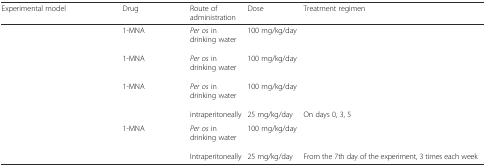
<table><thead><tr><td><b>Experimental model</b></td><td><b>Drug</b></td><td><b>Route of administration</b></td><td><b>Dose</b></td><td><b>Treatment regimen</b></td></tr></thead><tbody><tr><td rowspan="2">[EMPTY_CELL]</td><td>1-MNA</td><td rowspan="2"><i>Per os</i> in drinking water</td><td rowspan="2">100 mg/kg/day</td><td rowspan="2">[EMPTY_CELL]</td></tr><tr><td>[EMPTY_CELL]</td></tr><tr><td rowspan="2">[EMPTY_CELL]</td><td>1-MNA</td><td rowspan="2"><i>Per os </i>in drinking water</td><td rowspan="2">100 mg/kg/day</td><td rowspan="2">[EMPTY_CELL]</td></tr><tr><td>[EMPTY_CELL]</td></tr><tr><td rowspan="3">[EMPTY_CELL]</td><td>1-MNA</td><td rowspan="2"><i>Per os</i> in drinking water</td><td rowspan="2">100 mg/kg/day</td><td rowspan="2">[EMPTY_CELL]</td></tr><tr><td>[EMPTY_CELL]</td></tr><tr><td>[EMPTY_CELL]</td><td>intraperitoneally</td><td>25 mg/kg/day</td><td>On days 0, 3, 5</td></tr><tr><td rowspan="3">[EMPTY_CELL]</td><td>1-MNA</td><td rowspan="2"><i>Per os</i> in drinking water</td><td rowspan="2">100 mg/kg/day</td><td rowspan="2">[EMPTY_CELL]</td></tr><tr><td>[EMPTY_CELL]</td></tr><tr><td>[EMPTY_CELL]</td><td>Intraperitoneally</td><td>25 mg/kg/day</td><td>From the 7th day of the experiment, 3 times each week</td></tr></tbody></table>